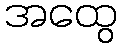
အထွေ